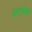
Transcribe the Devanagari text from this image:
इंस्टोरेशियो